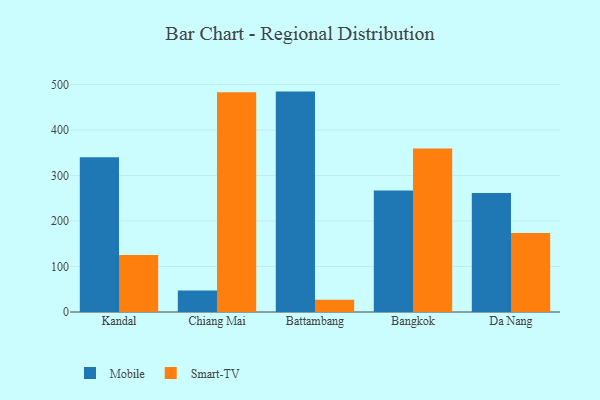
{"axis": {"x": "City", "y": "Latency (ms)"}, "legend": ["Mobile", "Smart-TV"], "data": [{"x": "Kandal", "y": 340.2, "type": "Mobile"}, {"x": "Kandal", "y": 125.4, "type": "Smart-TV"}, {"x": "Chiang Mai", "y": 47.2, "type": "Mobile"}, {"x": "Chiang Mai", "y": 482.9, "type": "Smart-TV"}, {"x": "Battambang", "y": 484.4, "type": "Mobile"}, {"x": "Battambang", "y": 26.8, "type": "Smart-TV"}, {"x": "Bangkok", "y": 267.3, "type": "Mobile"}, {"x": "Bangkok", "y": 359.5, "type": "Smart-TV"}, {"x": "Da Nang", "y": 261.6, "type": "Mobile"}, {"x": "Da Nang", "y": 173.4, "type": "Smart-TV"}]}